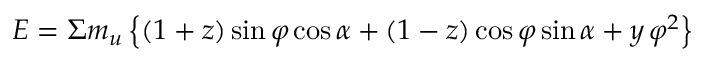
E = \Sigma m _ { u } \left\{ ( 1 + z ) \sin \varphi \cos \alpha + ( 1 - z ) \cos \varphi \sin \alpha + y \, \varphi ^ { 2 } \right\}